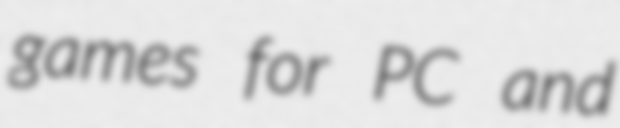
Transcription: games for PC and